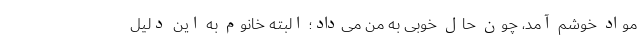
مواد خوشم آمد، چون حال خوبی به من می‌داد؛ البته خانوم به این دلیل